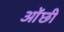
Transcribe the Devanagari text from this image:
ओंछी